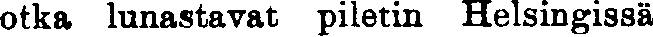
otka lunastavat piletin Helsingissä